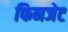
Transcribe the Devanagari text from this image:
फिनजेट